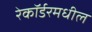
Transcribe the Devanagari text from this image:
रेकॉर्डरमधील